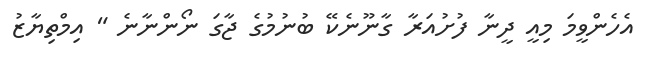
އެހެންވީމަ މިއީ ދީނާ ފުށުއަރާ ގާނޫނެކޭ ބުނުމުގެ ޖާގަ ނޯންނާނެ " އިމްތިޔާޒު